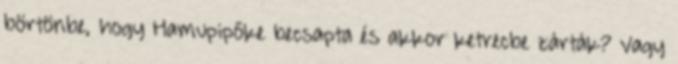
börtönbe, hogy Hamupipőke becsapta és akkor ketrecbe zárták? Vagy